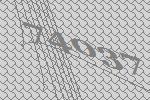
74037